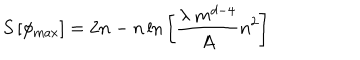
S \left[ \phi _ { \mathrm { m a x } } \right] = 2 n - n \ln { \left[ { \frac { \lambda \ m ^ { d - 4 } } { A } } n ^ { 2 } \right] }